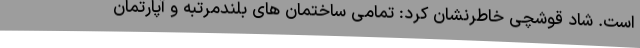
است. شاد قوشچی خاطرنشان کرد: تمامی ساختمان های بلندمرتبه و آپارتمان